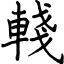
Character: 輚